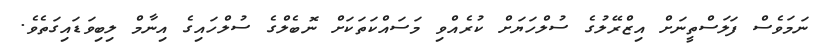
ނަމަވެސް ފަލަސްތީނަށް އިޒްރޭލުގެ ސުލްހަޔަށް ކުރެއްވި މަސައްކަތަކަށް ނޮބެލްގެ ސުލްހައިގެ އިނާމް ލިބިވަޑައިގަތެވެ.